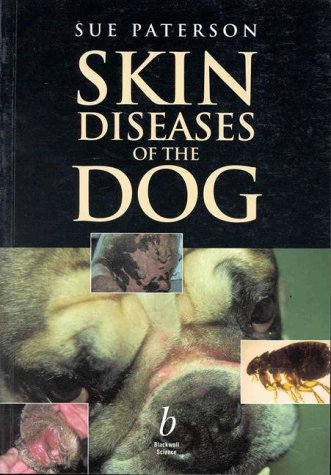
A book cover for Skin Diseases of the Dog; Sue Paterson; Medical Books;